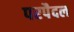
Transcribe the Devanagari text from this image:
परपैदल